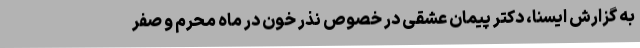
به گزارش ایسنا، دکتر پیمان عشقی در خصوص نذر خون در ماه محرم و صفر